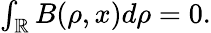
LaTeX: \begin{array}{r}{\int_{\mathbb{R}}B(\rho,x)d\rho=0.}\end{array}